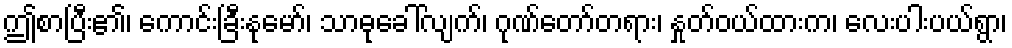
ဤစာပြီး၏၊ ကောင်းခြီးနုမော်၊ သာဓုခေါ်လျက်၊ ဂုဏ်တော်တရား၊ နှုတ်ဝယ်ထားက၊ လေးပါးပယ်ရွာ၊